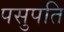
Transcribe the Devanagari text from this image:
पसुपति